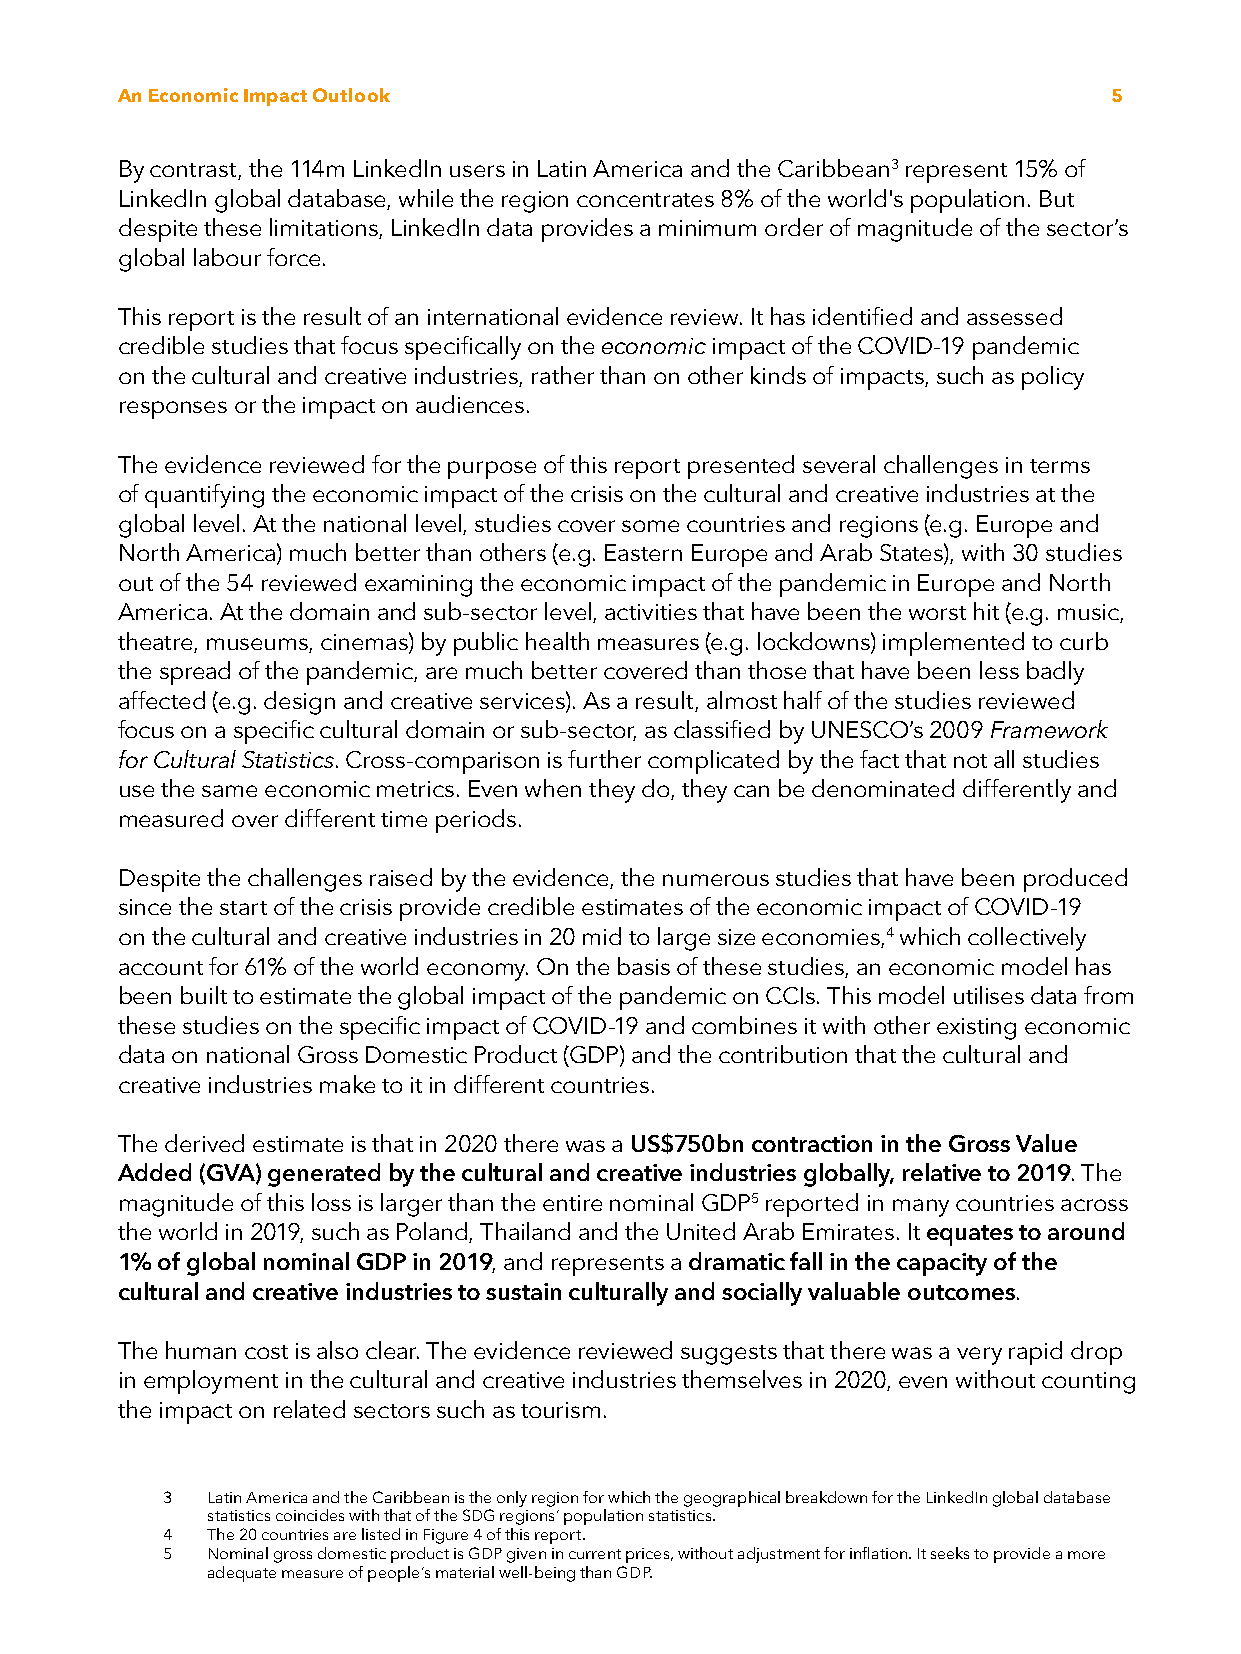
An Economic Impact Outlook                                       5
 By contrast, the 114m LinkedIn users in Latin America and the Caribbean3 represent 15% of
 LinkedIn global database, while the region concentrates 8% of the world's population. But
 despite these limitations, LinkedIn data provides a minimum order of magnitude of the sector’s
 global labour force.
 This report is the result of an international evidence review. It has identified and assessed
 credible studies that focus specifically on the economic impact of the COVID-19 pandemic
 on the cultural and creative industries, rather than on other kinds of impacts, such as policy
 responses or the impact on audiences.
 The evidence reviewed for the purpose of this report presented several challenges in terms
 of quantifying the economic impact of the crisis on the cultural and creative industries at the
 global level. At the national level, studies cover some countries and regions (e.g. Europe and
 North America) much better than others (e.g. Eastern Europe and Arab States), with 30 studies
 out of the 54 reviewed examining the economic impact of the pandemic in Europe and North
 America. At the domain and sub-sector level, activities that have been the worst hit (e.g. music,
 theatre, museums, cinemas) by public health measures (e.g. lockdowns) implemented to curb
 the spread of the pandemic, are much better covered than those that have been less badly
 affected (e.g. design and creative services). As a result, almost half of the studies reviewed
 focus on a specific cultural domain or sub-sector, as classified by UNESCO’s 2009 Framework
 for Cultural Statistics. Cross-comparison is further complicated by the fact that not all studies
 use the same economic metrics. Even when they do, they can be denominated differently and
 measured over different time periods.
 Despite the challenges raised by the evidence, the numerous studies that have been produced
 since the start of the crisis provide credible estimates of the economic impact of COVID-19
 on the cultural and creative industries in 20 mid to large size economies,4 which collectively
 account for 61% of the world economy. On the basis of these studies, an economic model has
 been built to estimate the global impact of the pandemic on CCIs. This model utilises data from
 these studies on the specific impact of COVID-19 and combines it with other existing economic
 data on national Gross Domestic Product (GDP) and the contribution that the cultural and
 creative industries make to it in different countries.
 The derived estimate is that in 2020 there was a US$750bn contraction in the Gross Value
 Added (GVA) generated by the cultural and creative industries globally, relative to 2019. The
 magnitude of this loss is larger than the entire nominal GDP5 reported in many countries across
 the world in 2019, such as Poland, Thailand and the United Arab Emirates. It equates to around
 1% of global nominal GDP in 2019, and represents a dramatic fall in the capacity of the
 cultural and creative industries to sustain culturally and socially valuable outcomes.
 The human cost is also clear. The evidence reviewed suggests that there was a very rapid drop
 in employment in the cultural and creative industries themselves in 2020, even without counting
 the impact on related sectors such as tourism.
 3  Latin America and the Caribbean is the only region for which the geographical breakdown for the LinkedIn global database
 statistics coincides with that of the SDG regions’ population statistics.
 4  The 20 countries are listed in Figure 4 of this report.
 5  Nominal gross domestic product is GDP given in current prices, without adjustment for inflation. It seeks to provide a more
 adequate measure of people’s material well-being than GDP.